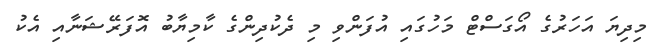
މިދިޔަ އަހަރުގެ އޯގަސްޓް މަހުގައި އުފަންވި މި ދެކުދިންގެ ކާމިޔާބު އޮފަރޭޝަނާއި އެކު